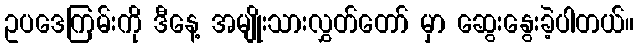
ဥပဒေကြမ်းကို ဒီနေ့ အမျိုးသားလွှတ်တော် မှာ ဆွေးနွေးခဲ့ပါတယ်။